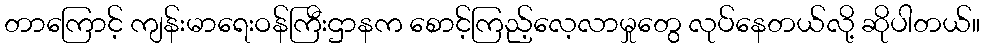
တာကြောင့် ကျန်းမာရေးဝန်ကြီးဌာနက စောင့်ကြည့်လေ့လာမှုတွေ လုပ်နေတယ်လို့ ဆိုပါတယ်။